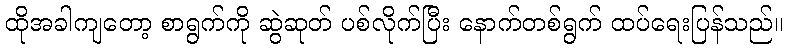
ထိုအခါကျတော့ စာရွက်ကို ဆွဲဆုတ် ပစ်လိုက်ပြီး နောက်တစ်ရွက် ထပ်ရေးပြန်သည်။